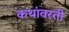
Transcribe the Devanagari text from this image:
कथांवरती